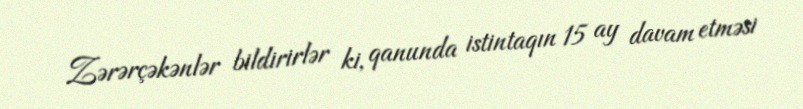
Zərərçəkənlər bildirirlər ki, qanunda istintaqın 15 ay davam etməsi